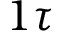
1 \tau